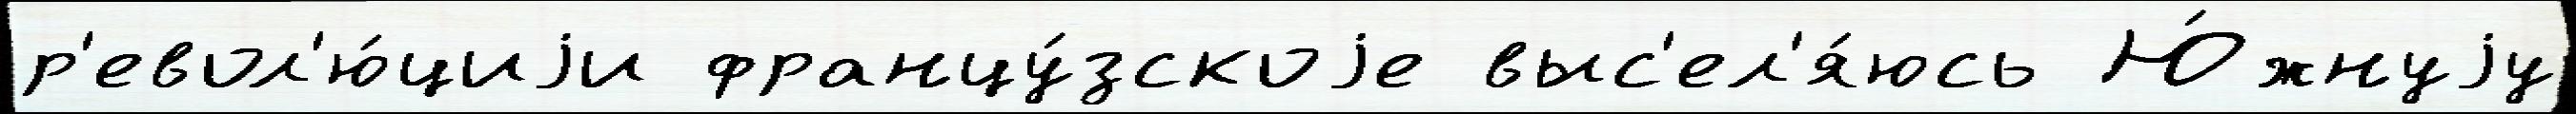
р'евол'ю́циjи францу́зскоjе выс'ел'я́юсь Ю́жнуjу